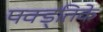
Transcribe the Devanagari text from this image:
पक्ड्तिके